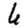
Digit: 6